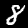
Label: 8